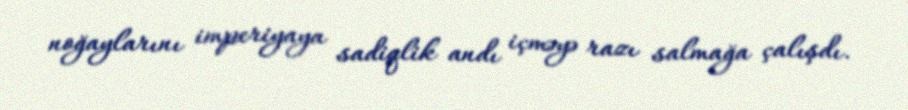
noğaylarını imperiyaya sadiqlik andı içməyə razı salmağa çalışdı.